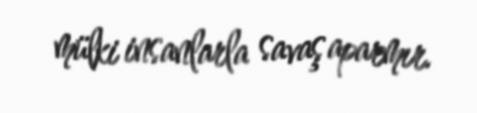
mülki insanlarla savaş aparmır.